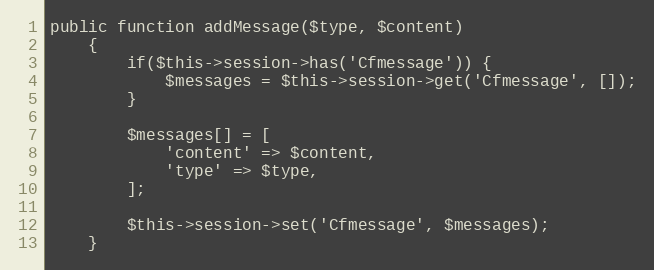
Language: PHP
public function addMessage($type, $content)
	{
		if($this->session->has('Cfmessage')) {
			$messages = $this->session->get('Cfmessage', []);
		}

		$messages[] = [
			'content' => $content,
			'type' => $type,
		];

		$this->session->set('Cfmessage', $messages);
	}